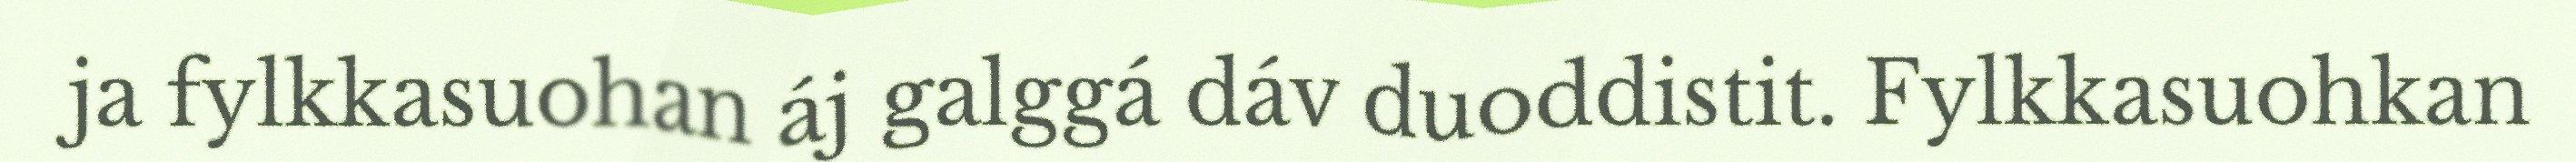
ja fylkkasuohan áj galggá dáv duoddistit. Fylkkasuohkan